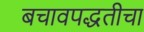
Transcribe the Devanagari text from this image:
बचावपद्धतीचा